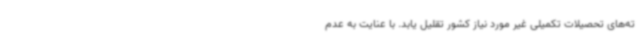
ته‌های تحصیلات تکمیلی غیر مورد نیاز کشور تقلیل یابد. با عنایت به عدم